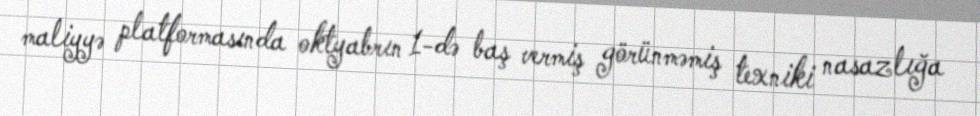
maliyyə platformasında oktyabrın 1-də baş vermiş görünməmiş texniki nasazlığa